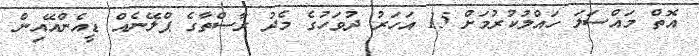
އޮތް މައްސަލަ ހައްލުކުރުމަށް 15 އަހަރު ދުވަހުގެ މެދު ރާސްތާގެ ޕްލޭނެއް ޑީއެންއޭއިން